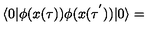
\langle 0 | \phi ( x ( \tau ) ) \phi ( x ( \tau ^ { ' } ) ) | 0 \rangle =